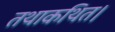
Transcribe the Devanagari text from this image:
तथाकथित।